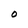
Character: O